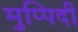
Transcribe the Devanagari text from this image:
मुप्पिदी